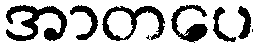
အာတပေ